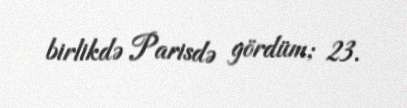
birlikdə Parisdə gördüm; 23.